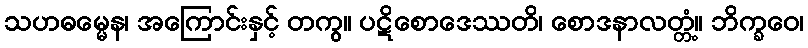
သဟဓမ္မေန၊ အကြောင်းနှင့် တကွ။ ပဋိစောဒေဿတိ၊ စောဒနာလတ္တံ့။ ဘိက္ခဝေ၊